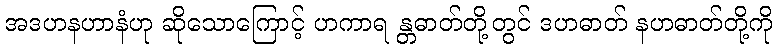
အဒဟနဟာနံဟု ဆိုသောကြောင့် ဟကာရ န္တဓာတ်တို့တွင် ဒဟဓာတ် နဟဓာတ်တို့ကို